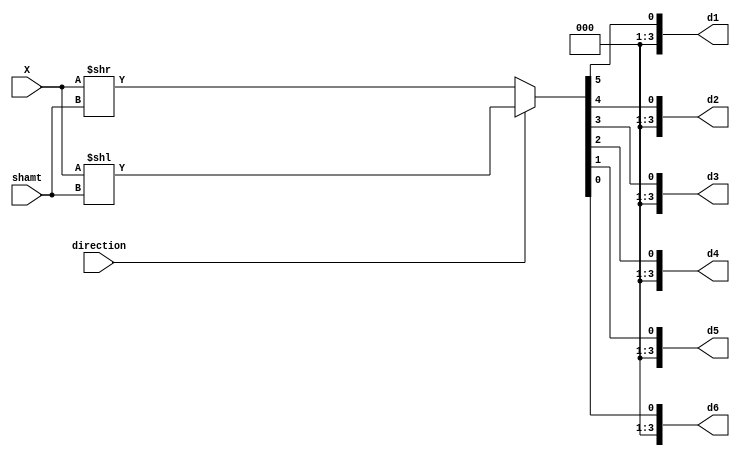
`timescale 1ns / 1ps
//////////////////////////////////////////////////////////////////////////////////
// Company: 
// Engineer: 
// 
// Design Name: 
// Module Name:    Operation5 
// Project Name: 
// Target Devices: 
// Tool versions: 
// Description: 
//
// Dependencies: 
//
// Revision: 
// Revision 0.01 - File Created
// Additional Comments: 
//
//////////////////////////////////////////////////////////////////////////////////
module Operation5(
    input direction,
    input [5:0] X,
    input [2:0] shamt,
    output [3:0] d1,
    output [3:0] d2,
    output [3:0] d3,
    output [3:0] d4,
    output [3:0] d5,
    output [3:0] d6
    );
	 
	 wire [5:0] temp;
	 assign temp = (direction == 1'b1) ? X << shamt : X >> shamt;
	 assign d1 = temp[5];
	 assign d2 = temp[4];
	 assign d3 = temp[3];
	 assign d4 = temp[2];
	 assign d5 = temp[1];
	 assign d6 = temp[0];

endmodule